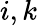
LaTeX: i,k